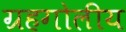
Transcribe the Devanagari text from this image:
ग्रहगोलीय